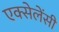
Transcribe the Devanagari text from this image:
एक्सेलेंसी